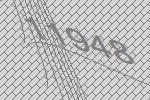
11948